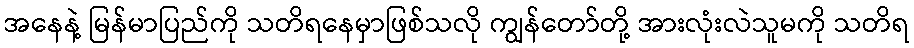
အနေနဲ့ မြန်မာပြည်ကို သတိရနေမှာဖြစ်သလို ကျွန်တော်တို့ အားလုံးလဲသူမကို သတိရ